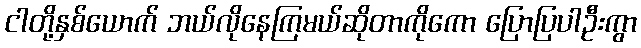
ငါတို့နှစ်ယောက် ဘယ်လိုနေကြမယ်ဆိုတာကိုကော ပြောပြပါဦးကွာ